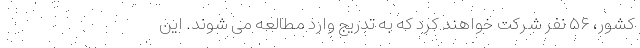
کشور، ۵۶ نفر شرکت خواهند کرد که به تدریج وارد مطالعه می شوند. این